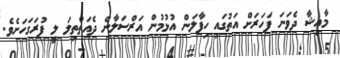
މާއިޝާ ދެވަނަ ފަހަރަށް އަތުގައި ހިފާލަން އުޅުމުން އަރްސަލާން ދެއަތްތިލަ ލީ ފުރަގަހަށެވެ.